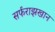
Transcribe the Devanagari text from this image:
सर्फराझखान